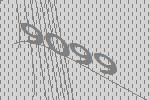
9099